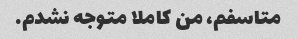
متاسفم، من کاملا متوجه نشدم.